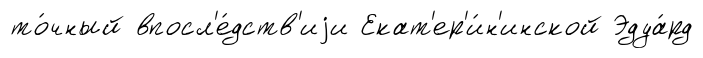
то́чный впосл'е́дств'иjи Екат'ер'и́н'инской Эдуа́рд